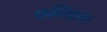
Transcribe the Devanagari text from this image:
फर्मियान।